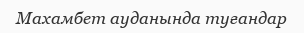
Махамбет ауданында туғандар